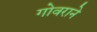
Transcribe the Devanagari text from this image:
गोवराने